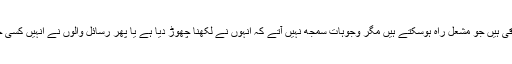
چندہی شخصیات تو آج ہند میں باقی ہیں جو مشعل راہ ہوسکتے ہیں مگر وجوہات سمجھ نہیں آتے کہ انہوں نے لکھنا چھوڑ دیا ہے یا پھر رسائل والوں نے اُنہیں کسی خاص بنا پر چھاپنا چھوڑ دیا ہے۔